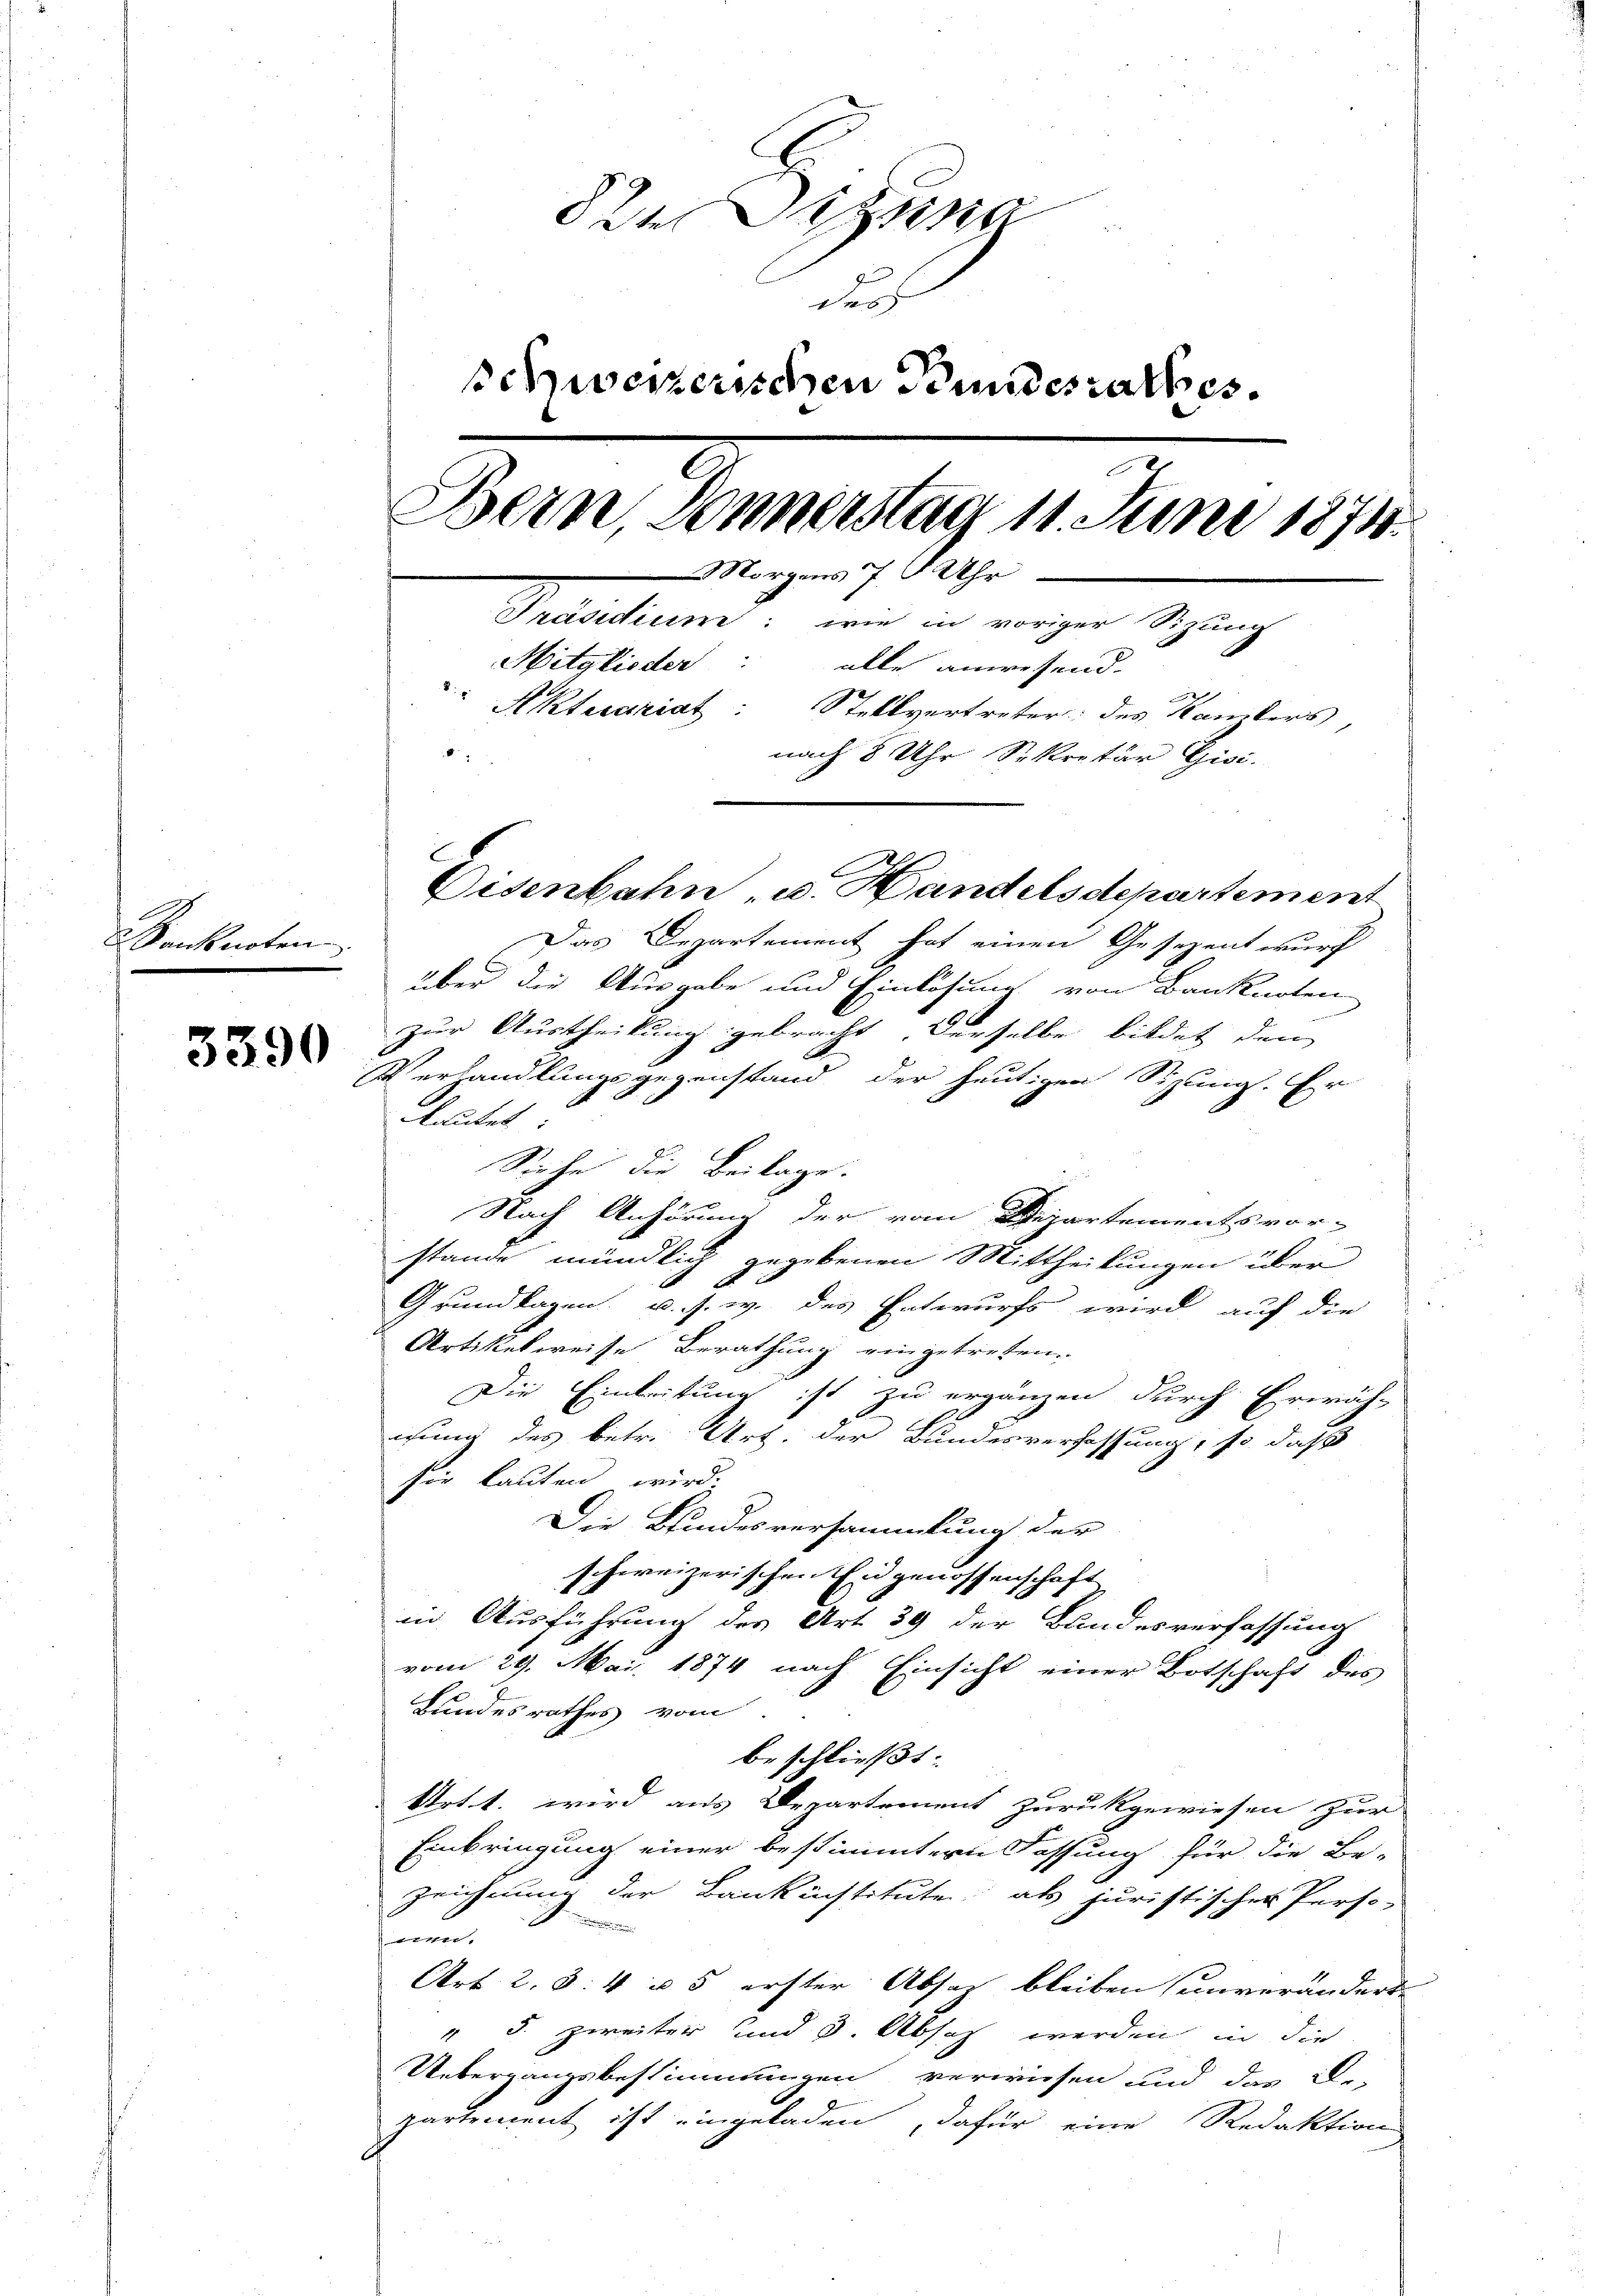
Sanknoten

3390

de Dissna
durs
schweizerischen Bundesrathes.
Bern, Donnerstag 11. Juni 1874.
Morgens 7 Uhr
Präsidium: wie in voriger Sitzung
Mitglieder: alle anwesend.
Aktesariat: Stellvertreter: des Kanders,
nach 8 Uhr Sekretär Gisi-

Eisenbahn u. Handelsdepartement
Das Departement hat einen Gesezent wurd
über die Ausgabe und Einlösung von Banknoten
zur Austheilung gebracht derselbe bildet den
s
d
Verhandlungsgegenstand der heutigen Sizung. Er
lautet
Siehe die Beilage.
Nach Anhörung der vom Departementsvor-
stande mündlich gegebenen Mittheilungen über
2
Grundlagen, u. s. w. des Entwurfs wird auf die
Artikelweise Berathung eingetreten.
Die Einleitung ist zu ergänzen durch Erwäh-
iung des betr. Art. der Bundesverfassung, so daß
sie lauten wird.
Die Bundesversammlung der
schweizerischen Eingenossenschaft
in Ausführung des Art. 39 der Bundesverfassung
vom 29. Mai 1874 nach Einsicht einer Botschaft des
Bundesrathes vom
beschließt:
Art. 1. wird aus Departement zurückgewiesen zur
Einbringung einer bestimmtern Fassung für die Be-
Zeichnung der Bankünstitute als juristischer Perso-
e
.
Art. 2, S. 4 u. 5 erster Absatz bleiben seinverändert.
 §. zweiter und 3. Absch werden, in die
Uebergangsbestimmungen verwiesen und das De-
partement ist eingeladen, dafür eine Redaktion